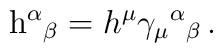
{\rm h}^{\alpha}{}_{\beta}=h^{\mu}\gamma_{\mu}{}^{\alpha}{}_{\beta}\,.